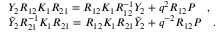
\begin{array} { l } { { Y _ { 2 } R _ { 1 2 } K _ { 1 } R _ { 2 1 } = R _ { 1 2 } K _ { 1 } R _ { 1 2 } ^ { - 1 } Y _ { 2 } + q ^ { 2 } R _ { 1 2 } { \cal P } \quad , } } \\ { { \tilde { Y } _ { 2 } R _ { 2 1 } ^ { - 1 } K _ { 1 } R _ { 2 1 } = R _ { 1 2 } K _ { 1 } R _ { 2 1 } \tilde { Y } _ { 2 } + q ^ { - 2 } R _ { 1 2 } { \cal P } \quad . } } \end{array}